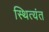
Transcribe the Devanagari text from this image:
स्थित्यंत